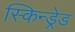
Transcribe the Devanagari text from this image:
स्किन्ड्रेड